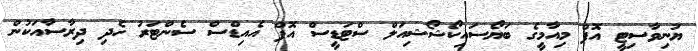
ޔުނިވާސިޓީ އޮފް މިއާމީގެ ބަޔޯސައިކޯޝޯޝިއަލް ސްޓަޑީސް އޮފް އެއިޑްސް ސެންޓަރު ހެދި ދިރާސާއަކުން